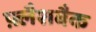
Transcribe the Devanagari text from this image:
फ़्लैशबैक